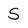
Character: S